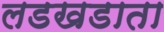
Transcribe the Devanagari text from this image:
लडखडाता